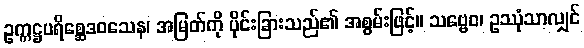
ဥက္ကဋ္ဌပရိစ္ဆေဒဝသေန၊ အမြတ်ကို ပိုင်းခြားသည်၏ အစွမ်းဖြင့်။ သဗ္ဗေဝ၊ ဥဿုံသာလျှင်